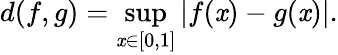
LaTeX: d(f,g)=\operatorname*{sup}_{\mathit{x}\in[0,1]}|f(\mathit{x})-g(\mathit{x})|.